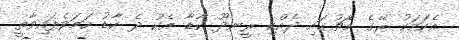
އެކަމަކު ރޭގެ މެޗުގައި ދެއްކި ރީނދޫ ކާޑާ އެކު ދެ ކާޑު ހަމަވެފައިވާތީ